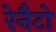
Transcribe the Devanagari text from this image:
रेनैटो